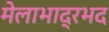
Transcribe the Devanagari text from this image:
मेलाभाद्रभद